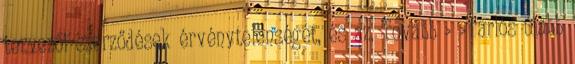
tervezői szerződések érvénytelenségét, és az. Tovább › ›Tarlós újabb